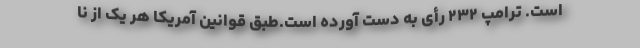
است. ترامپ ۲۳۲ رأی به دست آورده است.طبق قوانین آمریکا هر یک از نا